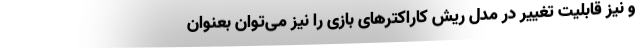
و نیز قابلیت تغییر در مدل ریش کاراکترهای بازی را نیز می‌توان بعنوان